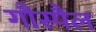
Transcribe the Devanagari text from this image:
गौस्पैल